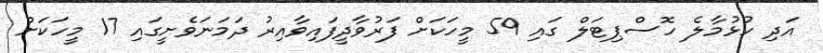
އަދި ހުޅުމާލެ ހޮސްޕިޓަލް ގައި 59 މީހަކަށް ފަރުވާދީފައިވާއިރު ދަމަނަވެށީގައި 17 މީހަކަށް